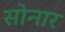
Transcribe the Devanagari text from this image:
साेनार